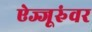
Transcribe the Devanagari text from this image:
ऐज्जूरुंवर